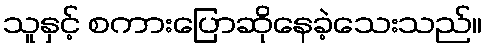
သူနှင့် စကားပြောဆိုနေခဲ့သေးသည်။